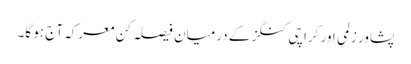
پشاور زلمی اور کراچی کنگز کے درمیان فیصلہ کن معرکہ آج ہو گا۔